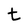
Character: t